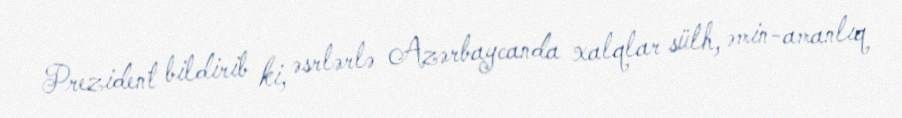
Prezident bildirib ki, əsrlərlə Azərbaycanda xalqlar sülh, əmin-amanlıq